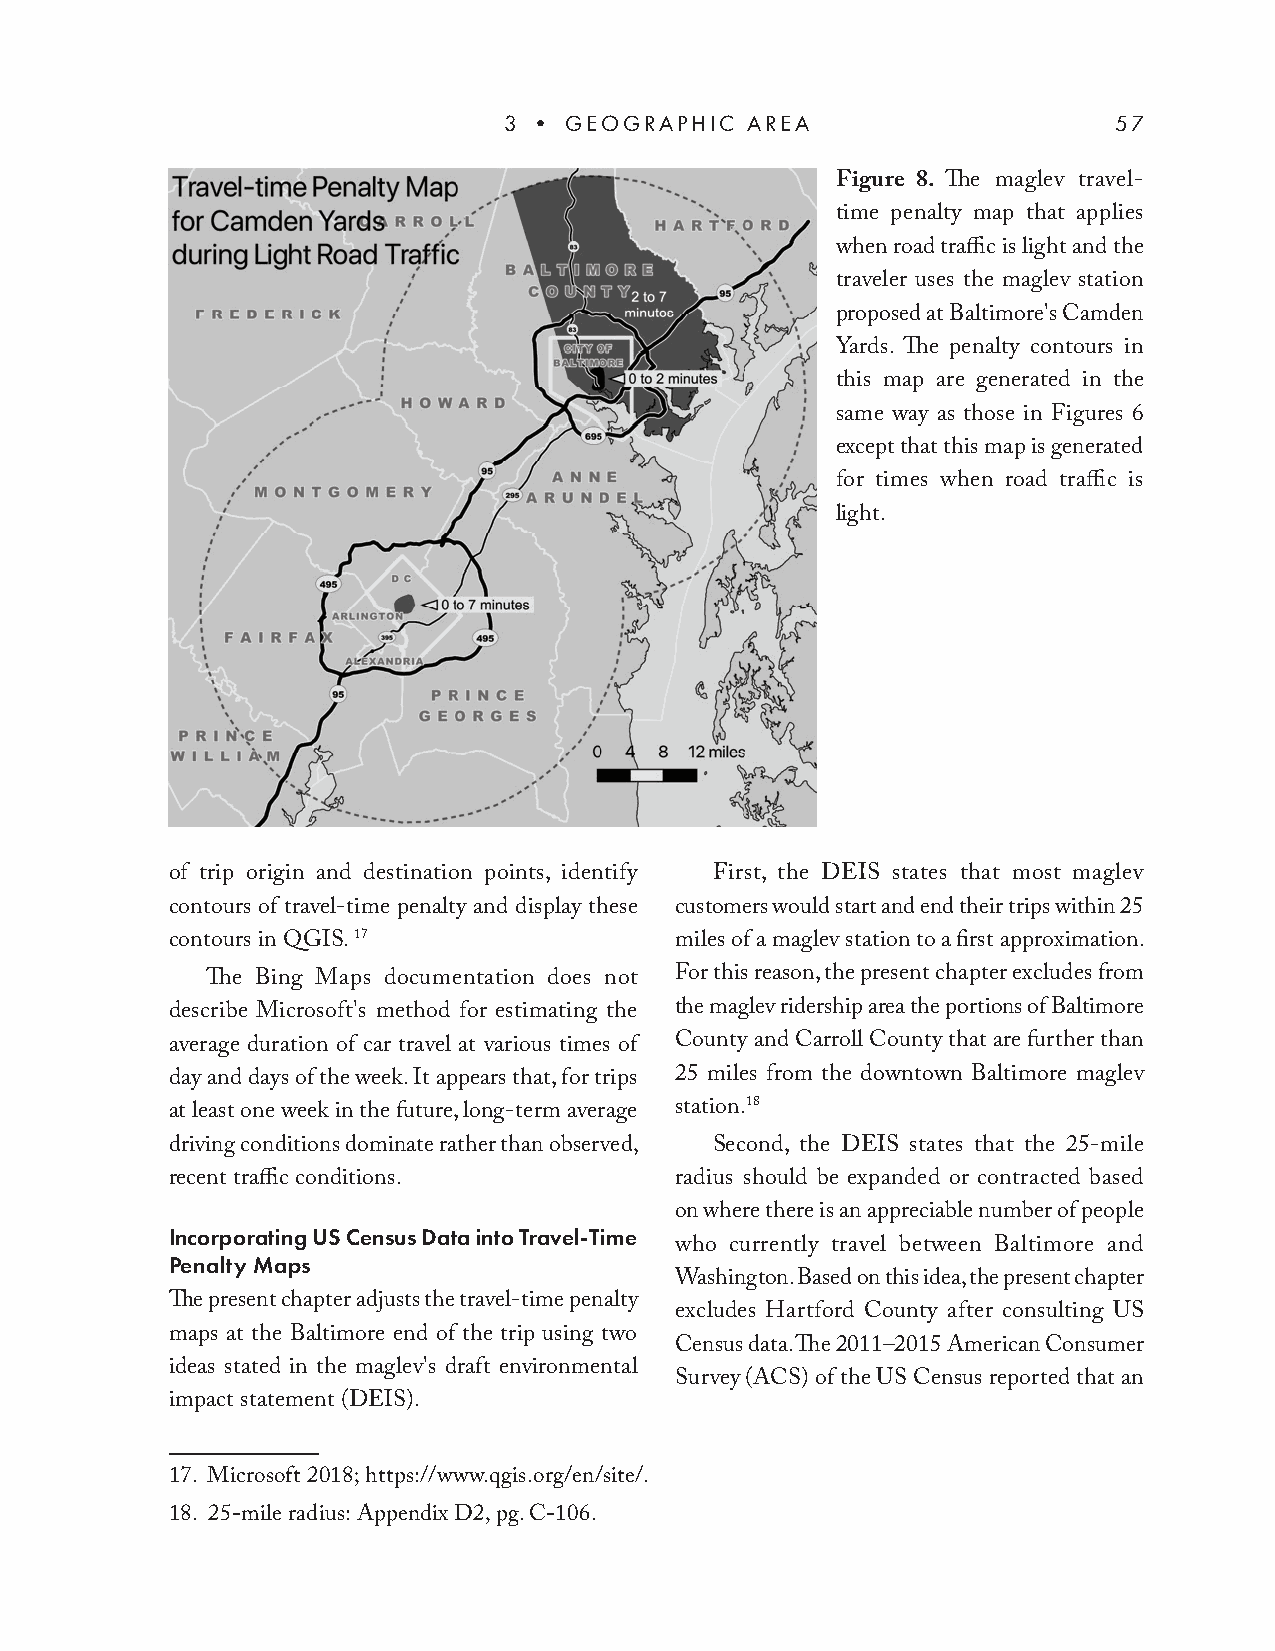
3 • GEOGRAPHIC  AREA                     57
 Figure 8. Th e maglev travel-
 time penalty map that applies
 when road traffi c is light and the
 traveler uses the maglev station
 proposed at Baltimore's Camden
 Yards. Th e penalty contours in
 this map are generated in the
 same way as those in Figures 6
 except that this map is generated
 for times when road traffi c is
 light.
 of trip origin and destination points, identify First, the DEIS states that most maglev
 contours of travel-time penalty and display these customers would start and end their trips within 25
 contours in QGIS. 17              miles of a maglev station to a fi rst approximation.
 Th e Bing Maps documentation does not For this reason, the present chapter excludes from
 describe Microsoft's method for estimating the the maglev ridership area the portions of Baltimore
 average duration of car travel at various times of County and Carroll County that are further than
 day and days of the week. It appears that, for trips 25 miles from the downtown Baltimore maglev
 at least one week in the future, long-term average
 station.18
 driving conditions dominate rather than observed, Second, the DEIS states that the 25-mile
 recent traffi c conditions.       radius should be expanded or contracted based
 on where there is an appreciable number of people
 Incorporating US Census Data into Travel-Time
 who currently travel between Baltimore and
 Penalty Maps
 Washington. Based on this idea, the present chapter
 Th e present chapter adjusts the travel-time penalty
 excludes Hartford County after consulting US
 maps at the Baltimore end of the trip using two
 Census data. Th e 2011–2015 American Consumer
 ideas stated in the maglev's draft environmental
 Survey (ACS) of the US Census reported that an
 impact statement (DEIS).
 17. Microsoft 2018; https://www.qgis.org/en/site/.
 18. 25-mile radius: Appendix D2, pg. C-106.